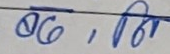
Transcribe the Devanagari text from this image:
बढ, नि